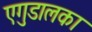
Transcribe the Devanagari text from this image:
एगुडालका